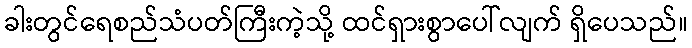
ခါးတွင်ရေစည်သံပတ်ကြီးကဲ့သို့ ထင်ရှားစွာပေါ်လျက် ရှိပေသည်။